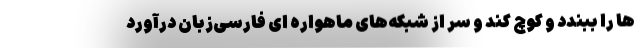
ها را ببندد و کوچ کند و سر از شبکه‌های ماهواره ای فارسی‌زبان درآورد